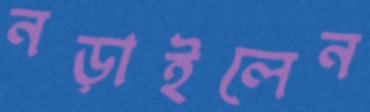
নড়াইলেন